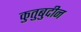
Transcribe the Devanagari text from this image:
कुतुबुदीन